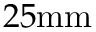
2 5 \mathrm { m m }